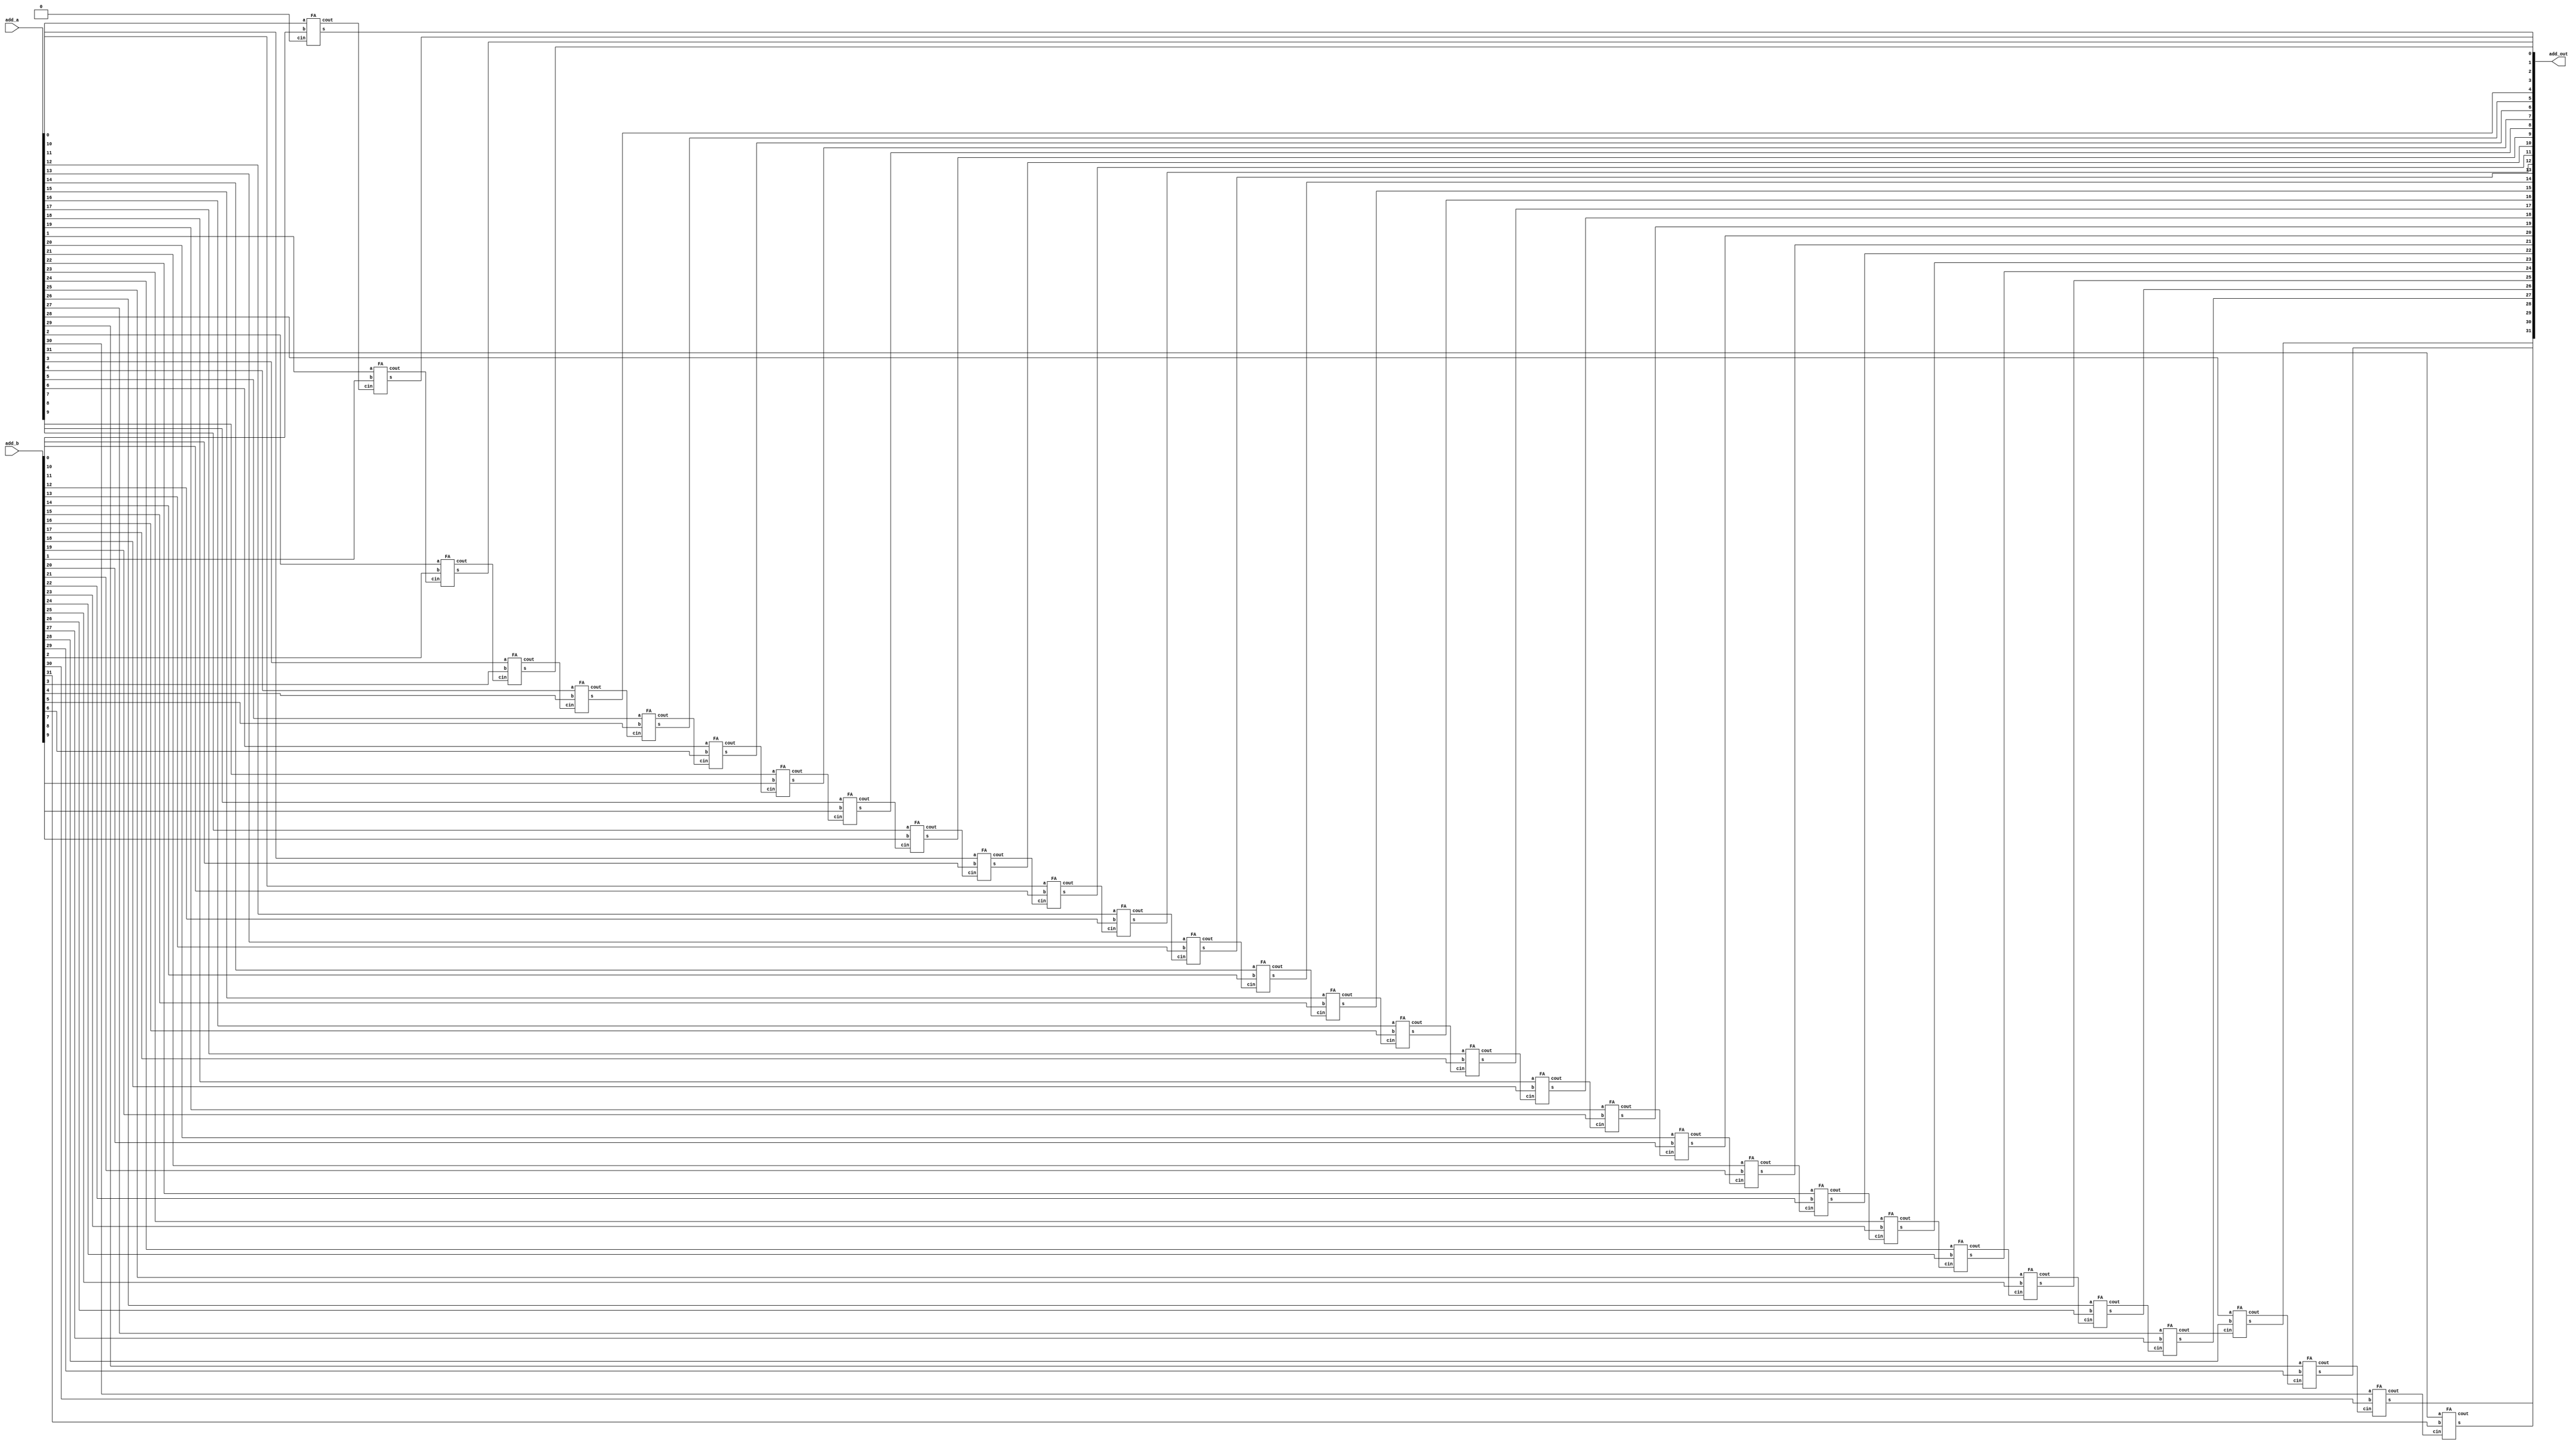
`timescale 1ns/1ns

module Adder(add_a, add_b, add_out);

    input [31:0] add_a, add_b;
    wire [32:0] w;
    output [31:0] add_out;  
    genvar i;

    assign w[0] = 0;

    generate 
        for(i=0;i<32;i=i+1)
        begin: adder
            FA FA_inst(add_a[i], add_b[i], w[i], w[i+1], add_out[i]);
        end
    endgenerate

endmodule 

module FA(input a, input b,input cin, output cout, output s);

    assign {cout,s} = a+b+cin;
	 
endmodule